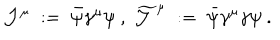
{ \mathcal J } ^ { \mu } \; : = \; \bar { \psi } \gamma ^ { \mu } \psi \ , \ \widetilde { { \mathcal J } } ^ { \mu } \; : = \; \bar { \psi } \gamma ^ { \mu } \gamma \psi \ .